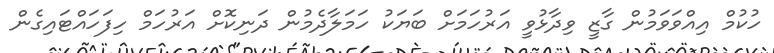
ހުކުމް އިއްވަވަމުން ގާޒީ ވިދާޅުވީ އަރުހަމަށް ބަޔަކު ހަމަލާދެމުން ދަނިކޮށް އަރުހަމް ހިފަހައްޓައިގެން